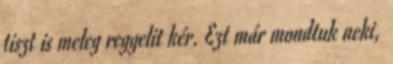
tiszt is meleg reggelit kér. Ezt már mondtuk neki,